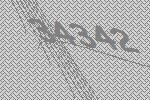
34342